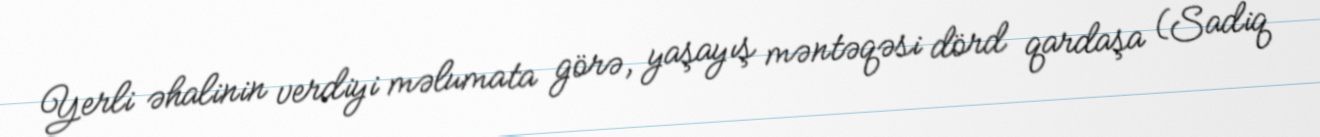
Yerli əhalinin verdiyi məlumata görə, yaşayış məntəqəsi dörd qardaşa (Sadiq